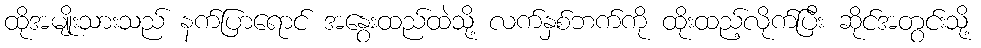
ထိုအမျိုးသားသည် နက်ပြာရောင် အနွေးထည်ထဲသို့ လက်နှစ်ဘက်ကို ထိုးထည့်လိုက်ပြီး ဆိုင်အတွင်းသို့